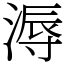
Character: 溽